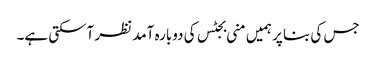
جس کی بنا پر ہمیں منی بجٹس کی دوبارہ آمد نظر آسکتی ہے۔